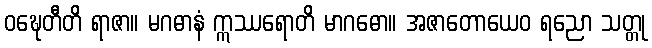
ဝဍ္ဎေတီတိ ရာဇာ။ မဂဓာနံ ဣဿရောတိ မာဂဓော။ အဇာတောယေဝ ရညော သတ္တု